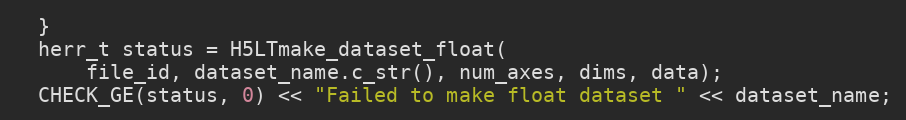
Language: C++
  }
  herr_t status = H5LTmake_dataset_float(
      file_id, dataset_name.c_str(), num_axes, dims, data);
  CHECK_GE(status, 0) << "Failed to make float dataset " << dataset_name;